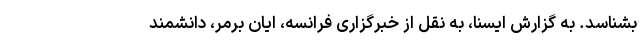
بشناسد. به گزارش ایسنا، به نقل از خبرگزاری فرانسه، ایان برمر، دانشمند